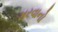
મરવાનો